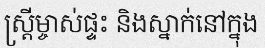
ស្ត្រីម្ចាស់ផ្ទះ និងស្នាក់នៅក្នុង